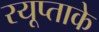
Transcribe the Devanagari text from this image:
रयूप्ताके